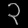
Digit: ၃